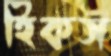
হিকস